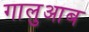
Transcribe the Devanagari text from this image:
गालुआब